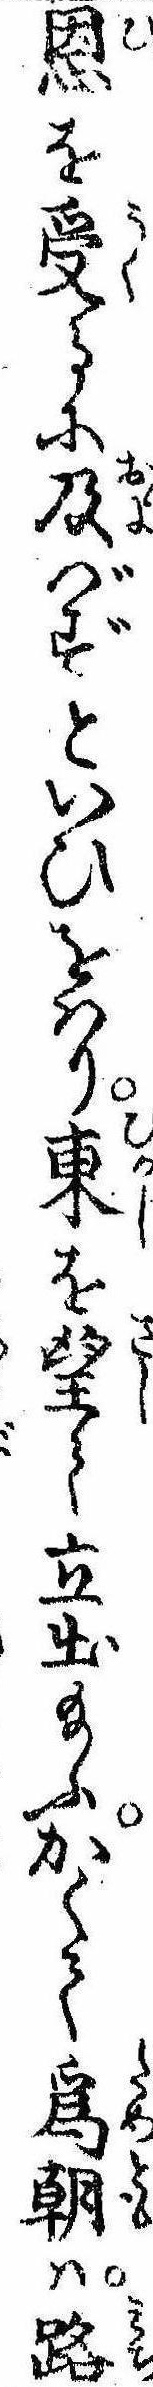
恩を受るに及ばずといひをはり東を望て立出給ふかくて為朝は路